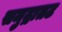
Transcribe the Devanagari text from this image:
समुद्रातट